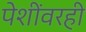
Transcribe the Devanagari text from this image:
पेशींवरही